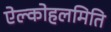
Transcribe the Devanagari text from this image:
ऐल्कोहलमिति